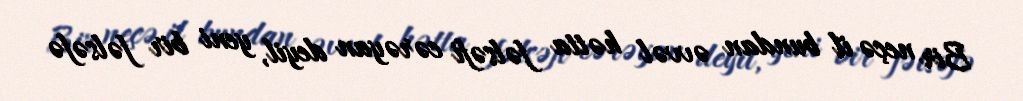
Bir neçə il bundan əvvəl hətta fəlsəfi cərəyan deyil, yeni bir fəlsəfə